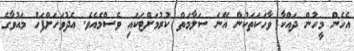
އެހެން މީހުން ދައްކާ ވާހަކަތަކުން އޭނަ ސަލާމަތް ކުރުމަށްޓަކައި ވެސްމެއެވެ. އެދުވަހަށްފަހު މައުވާގެ